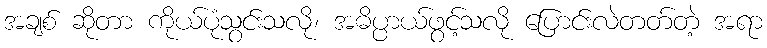
အချစ် ဆိုတာ ကိုယ်ပုံသွင်းသလို၊ အဓိပ္ပာယ်ဖွင့်သလို ပြောင်းလဲတတ်တဲ့ အရာ